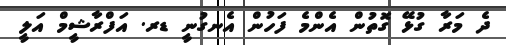
ދެ މަރާ ގުޅޭ ގޮތުން އެންމެ ފަހުން އެނގުނީ ޑރ. އަފްރާޝީމް އަލީ